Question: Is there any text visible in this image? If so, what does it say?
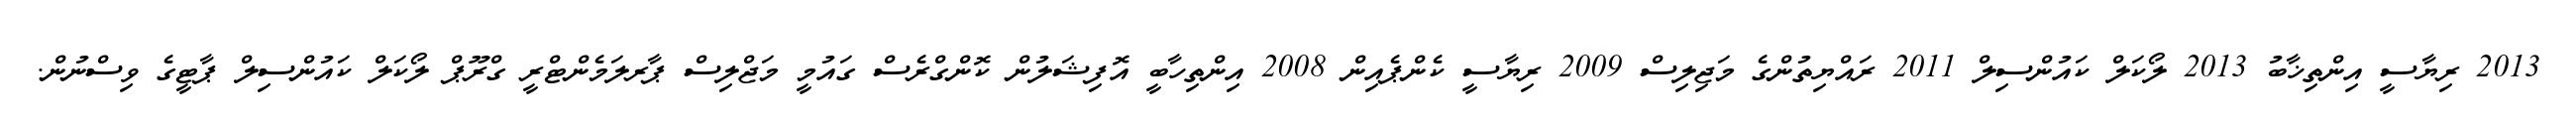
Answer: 2013 ރިޔާސީ އިންތިޚާބު 2013 ލޯކަލް ކައުންސިލް 2011 ރައްޔިތުންގެ މަޖިލިސް 2009 ރިޔާސީ ކެންޕެއިން 2008 އިންތިހާބީ އޮފިޝަލުން ކޮންގްރެސް ގައުމީ މަޖްލިސް ޕާރލަމެންޓްރީ ގްރޫޕް ލޯކަލް ކައުންސިލް ޕާޓީގެ ވިސްނުން.